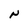
Character: N